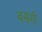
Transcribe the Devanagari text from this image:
बसशी